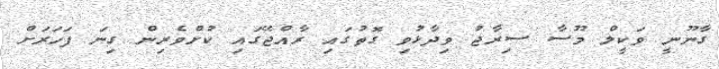
ގާނޫނީ ވަކީލް މޫސާ ސިރާޖު ވިދާޅުވި ގޮތުގައި ރާއްޖޭގައި ކުށްވެރިން ގިނަ ފަހަރަށް